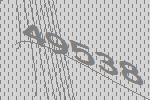
49538